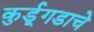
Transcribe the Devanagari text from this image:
कुर्डूगडाचे